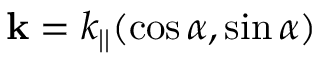
\mathbf { k } = k _ { | | } ( \cos \alpha , \sin \alpha )